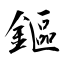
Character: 鏂